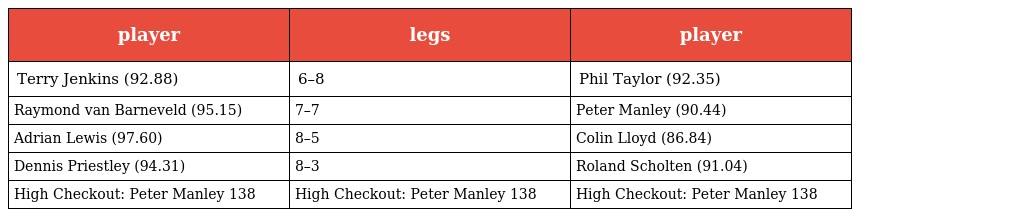
| player | legs | player |
 | --- | --- | --- |
 | Terry Jenkins (92.88) | 6–8 | Phil Taylor (92.35) |
 | Raymond van Barneveld (95.15) | 7–7 | Peter Manley (90.44) |
 | Adrian Lewis (97.60) | 8–5 | Colin Lloyd (86.84) |
 | Dennis Priestley (94.31) | 8–3 | Roland Scholten (91.04) |
 | High Checkout: Peter Manley 138 | High Checkout: Peter Manley 138 | High Checkout: Peter Manley 138 |